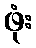
ဖုံး